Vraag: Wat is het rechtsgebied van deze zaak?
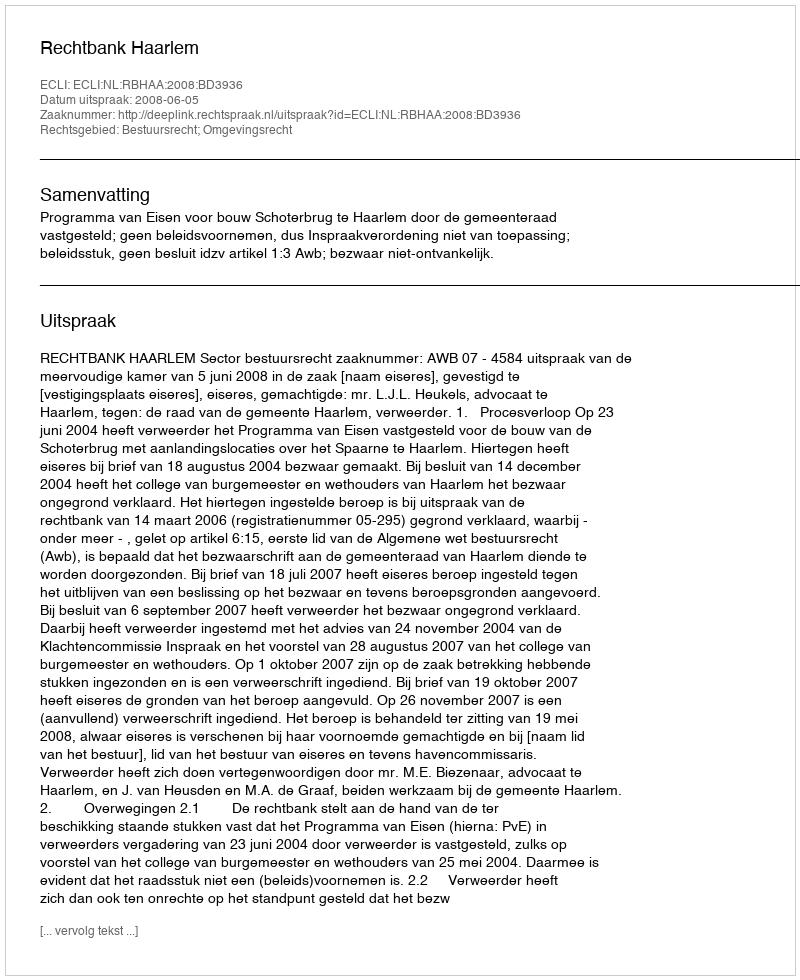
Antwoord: Bestuursrecht; Omgevingsrecht